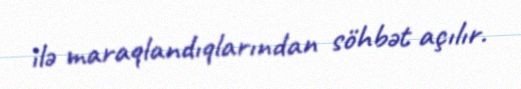
ilə maraqlandıqlarından söhbət açılır.